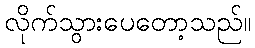
လိုက်သွားပေတော့သည်။